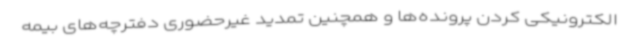
الکترونیکی کردن پرونده‌ها و همچنین تمدید غیرحضوری دفترچه‌های بیمه